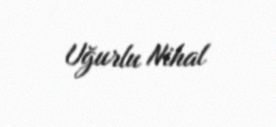
Uğurlu Nihal